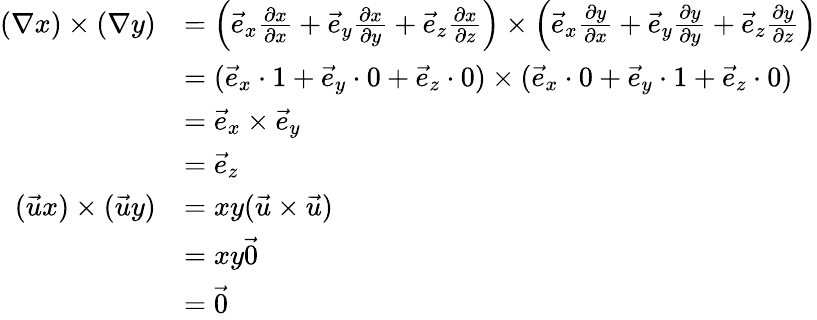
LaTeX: {\begin{array}{rl}{(\nabla x)\times(\nabla y)}&{=\left({\vec{e}}_{x}{\frac{\partial x}{\partial x}}+{\vec{e}}_{y}{\frac{\partial x}{\partial y}}+{\vec{e}}_{z}{\frac{\partial x}{\partial z}}\right)\times\left({\vec{e}}_{x}{\frac{\partial y}{\partial x}}+{\vec{e}}_{y}{\frac{\partial y}{\partial y}}+{\vec{e}}_{z}{\frac{\partial y}{\partial z}}\right)}\\ &{=({\vec{e}}_{x}\cdot 1+{\vec{e}}_{y}\cdot 0+{\vec{e}}_{z}\cdot 0)\times({\vec{e}}_{x}\cdot 0+{\vec{e}}_{y}\cdot 1+{\vec{e}}_{z}\cdot 0)}\\ &{={\vec{e}}_{x}\times{\vec{e}}_{y}}\\ &{={\vec{e}}_{z}}\\ {({\vec{u}}x)\times({\vec{u}}y)}&{=xy({\vec{u}}\times{\vec{u}})}\\ &{=xy{\vec{0}}}\\ &{={\vec{0}}}\end{array}}